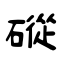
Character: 磫